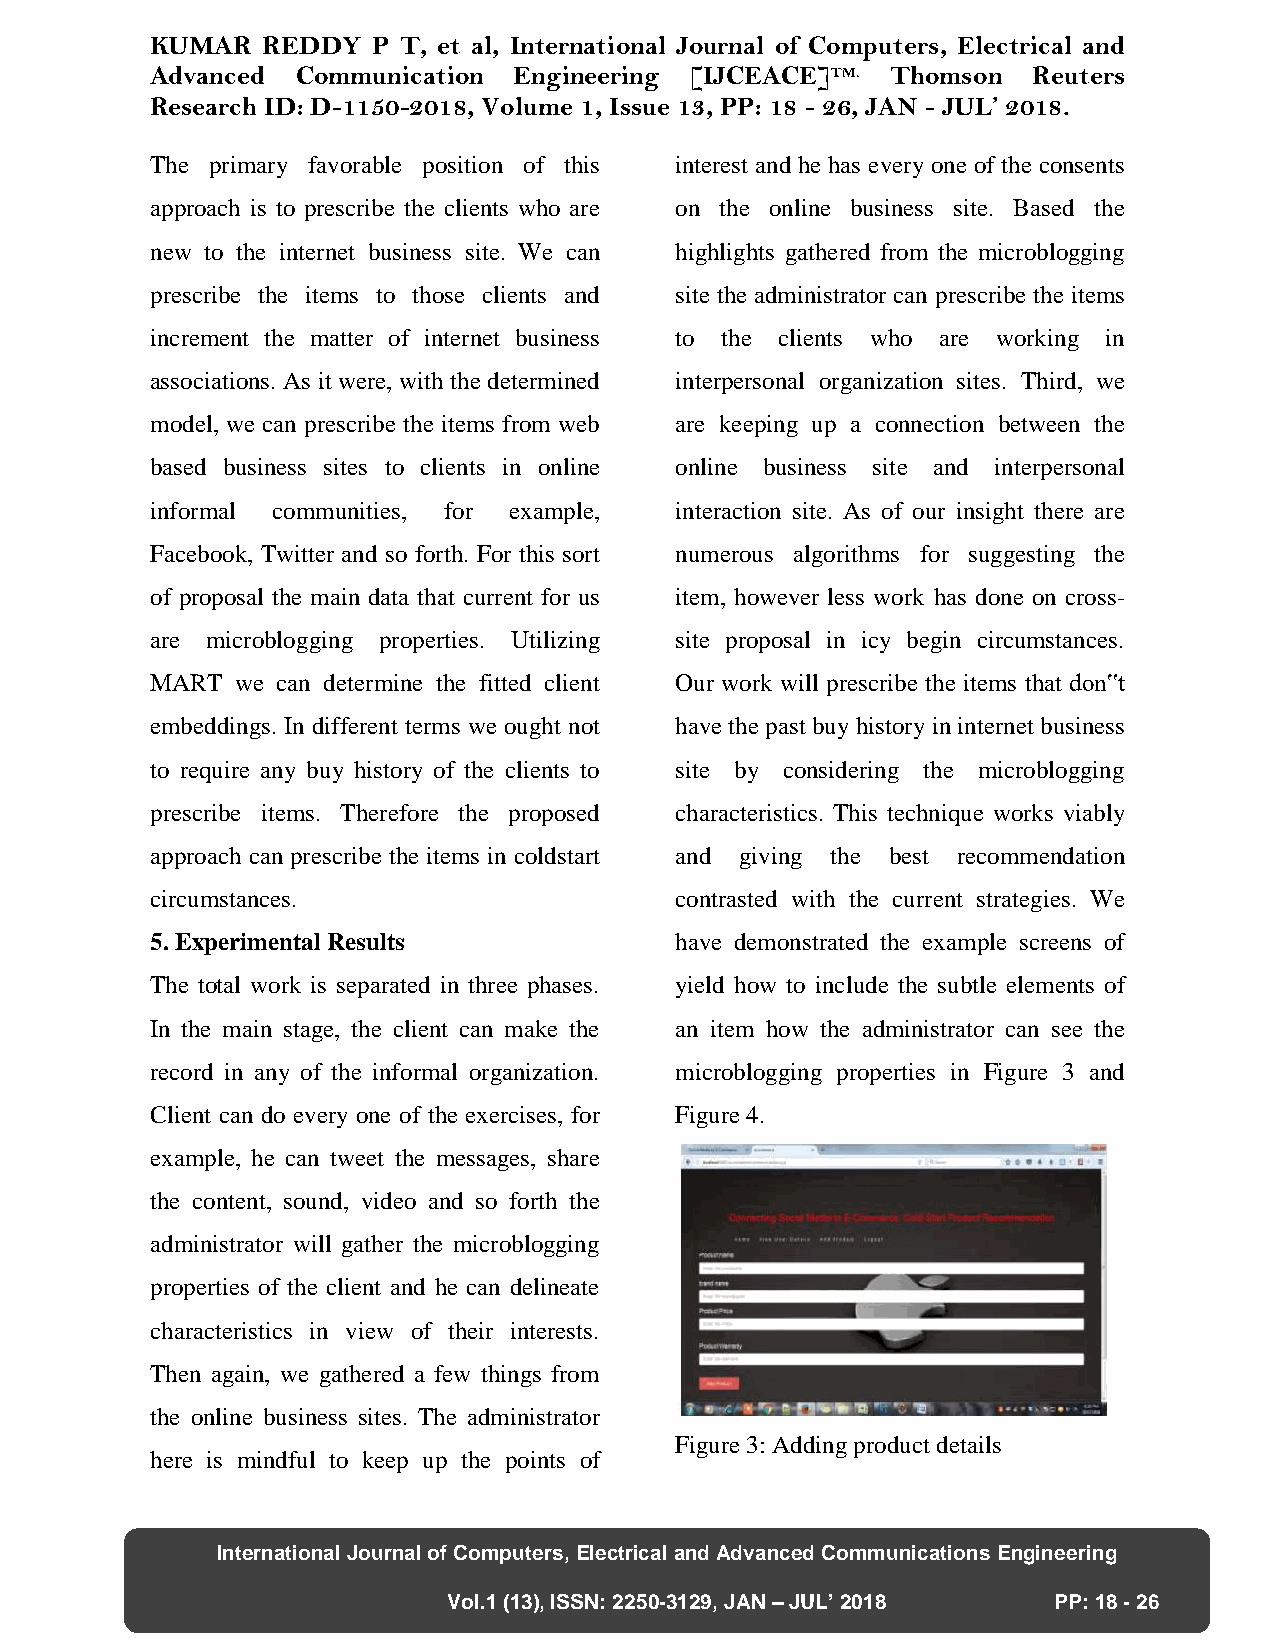
KUMAR  REDDY   P T, et al, International Journal of Computers, Electrical and
 Advanced  Communication Engineering [IJCEACE]TM. Thomson  Reuters
 Research ID: D-1150-2018, Volume 1, Issue 13, PP: 18 - 26, JAN - JUL’ 2018.
 The primary favorable position of this interest and he has every one of the consents
 approach is to prescribe the clients who are on the online business site. Based the
 new to the internet business site. We can highlights gathered from the microblogging
 prescribe the items to those clients and site the administrator can prescribe the items
 increment the matter of internet business to the clients who are working in
 associations. As it were, with the determined interpersonal organization sites. Third, we
 model, we can prescribe the items from web are keeping up a connection between the
 based business sites to clients in online online business site and interpersonal
 informal communities, for example, interaction site. As of our insight there are
 Facebook, Twitter and so forth. For this sort numerous algorithms for suggesting the
 of proposal the main data that current for us item, however less work has done on cross-
 are microblogging properties. Utilizing site proposal in icy begin circumstances.
 MART  we can determine the fitted client Our work will prescribe the items that don‟t
 embeddings. In different terms we ought not have the past buy history in internet business
 to require any buy history of the clients to site by considering the microblogging
 prescribe items. Therefore the proposed characteristics. This technique works viably
 approach can prescribe the items in coldstart and giving the best recommendation
 circumstances.                     contrasted with the current strategies. We
 5. Experimental Results            have demonstrated the example screens of
 The total work is separated in three phases. yield how to include the subtle elements of
 In the main stage, the client can make the an item how the administrator can see the
 record in any of the informal organization. microblogging properties in Figure 3 and
 Client can do every one of the exercises, for Figure 4.
 example, he can tweet the messages, share
 the content, sound, video and so forth the
 administrator will gather the microblogging
 properties of the client and he can delineate
 characteristics in view of their interests.
 Then again, we gathered a few things from
 the online business sites. The administrator
 Figure 3: Adding product details
 here is mindful to keep up the points of
 International Journal of Computers, Electrical and Advanced Communications Engineering
 Vol.1 (13), ISSN: 2250-3129, JAN – JUL’ 2018 PP: 18 - 26
 28